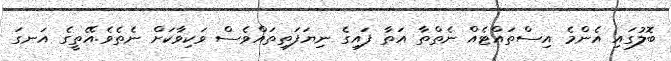
ބޮލުގައި އެންމެ އިސްތައްޓެއް ނެތްތާ އަތާ ފައިގެ ނިޔަފަތިތައްވެސް ވަކިވާކަށް ނެތެވެ.އޭތީގެ އަނގަ